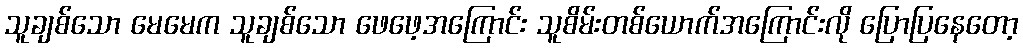
သူချစ်သော မေမေက သူချစ်သော ဖေဖေ့အကြောင်း သူစိမ်းတစ်ယောက်အကြောင်းလို ပြောပြနေတော့